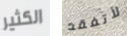
الكثير لأتفقد